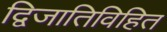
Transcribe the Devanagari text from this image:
द्विजातिविहित